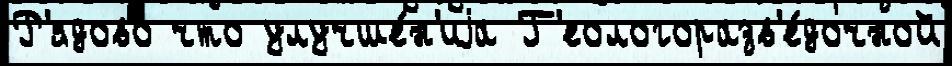
Р'ядово что улучше́н'иjа Г'еологоразв'е́дочной